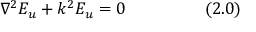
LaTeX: \nabla ^ { 2 } E _ { u } + k ^ { 2 } E _ { u } = 0 ~ ~ ~ ~ ~ ~ ~ ~ ~ ~ ~ ~ ~ ~ ( 2 . 0 )